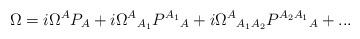
LaTeX: \begin{align*}\Omega=i\Omega^AP_A+i{\Omega^A}_{A_1}{P^{A_1}}_A+i{\Omega^A}_{A_1A_2}{P^{A_2A_1}}_A+...\end{align*}